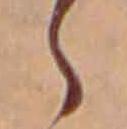
ら